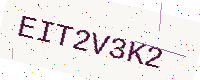
Text: EIT2V3K2